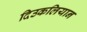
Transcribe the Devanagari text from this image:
दिउकलियान